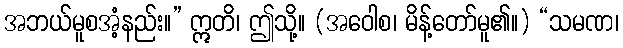
အဘယ်မူစအံ့နည်း။” ဣတိ၊ ဤသို့။ (အဝေါစ၊ မိန့်တော်မူ၏။) “သမဏ၊